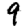
Digit: 9